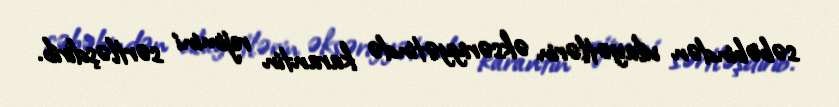
səbəbindən vilayətlərin əksəriyyətində karantin rejimini sərtləşdirib.